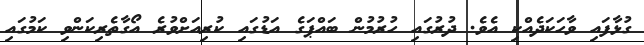
ގުޅާފައި ވާހަކަދެއްކި އެވެ. ދުރުގައި ހުރުމުން ބައްޕަގެ އަޑުގައި ކުރިއަށްވުރެ އޯގާތެރިކަންވި ކަމުގައި